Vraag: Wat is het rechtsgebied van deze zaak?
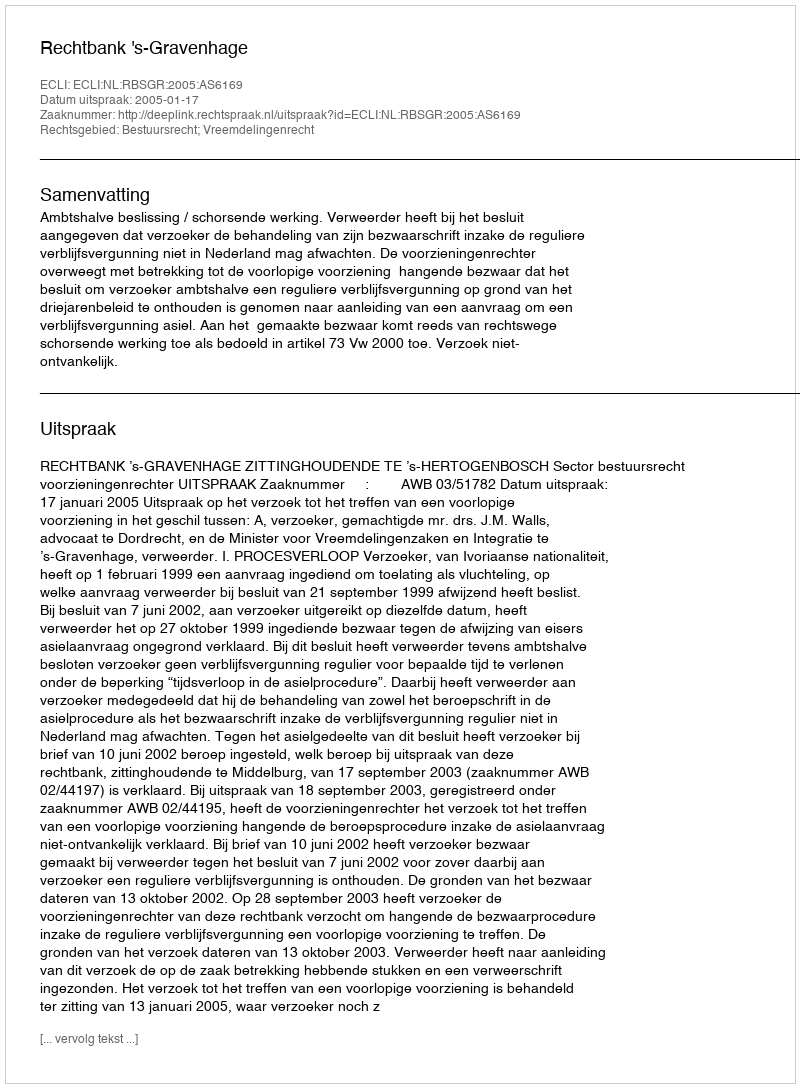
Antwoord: Bestuursrecht; Vreemdelingenrecht